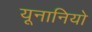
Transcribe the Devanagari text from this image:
यूनानियो